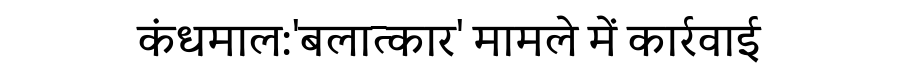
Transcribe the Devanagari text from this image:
कंधमाल:'बलात्कार' मामले में कार्रवाई